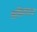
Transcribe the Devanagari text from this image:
साफ़िलाइज